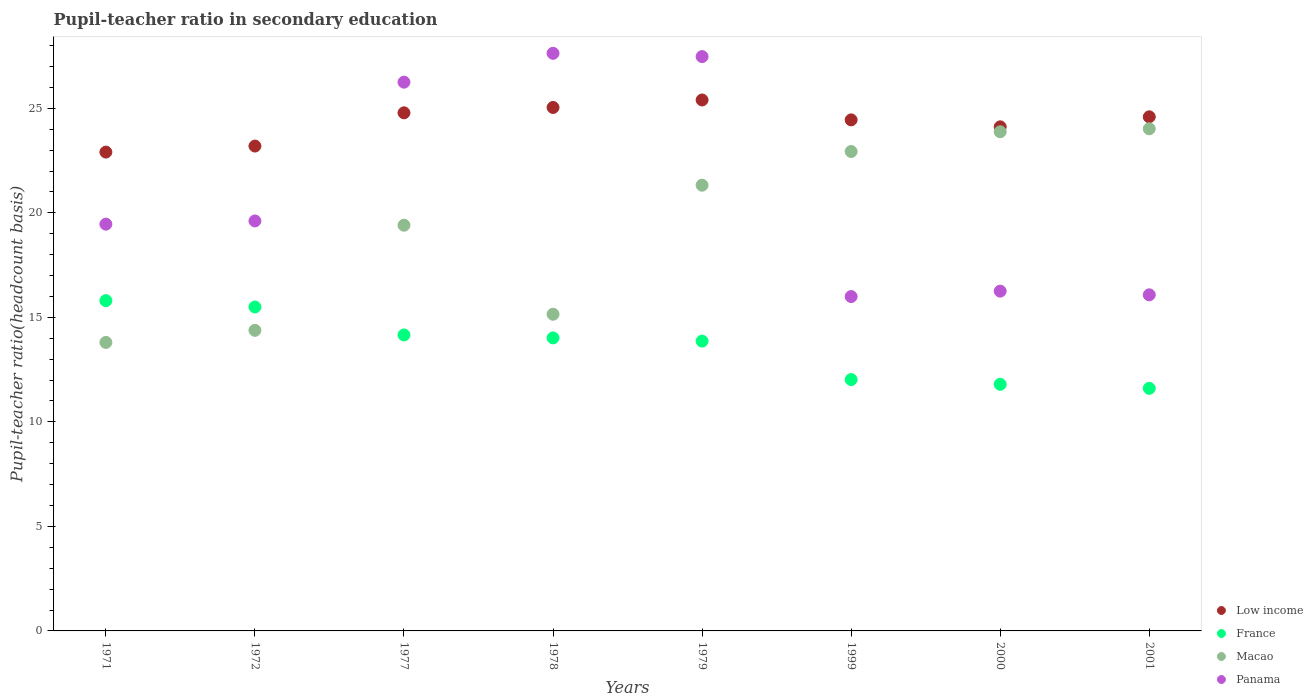
| Years | Low income | France | Macao | Panama |
 | --- | --- | --- | --- | --- |
 | 1971 | 22.9 | 15.8 | 13.8 | 19.5 |
 | 1972 | 23.2 | 15.5 | 14.4 | 19.6 |
 | 1977 | 24.8 | 14.2 | 19.4 | 26.3 |
 | 1978 | 25 | 14 | 15.1 | 27.6 |
 | 1979 | 25.4 | 13.9 | 21.3 | 27.5 |
 | 1999 | 24.4 | 12 | 22.9 | 16 |
 | 2000 | 24.1 | 11.8 | 23.9 | 16.3 |
 | 2001 | 24.6 | 11.6 | 24 | 16.1 |